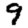
Digit: 9